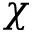
\chi